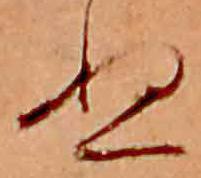
ぬ